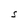
Character: S